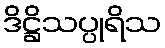
ဒိဋ္ဌိသပ္ပုရိသ